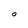
Character: O